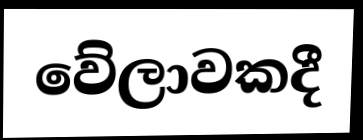
වේලාවකදී